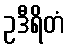
ဥဒီရိတံ